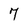
Character: 7